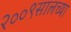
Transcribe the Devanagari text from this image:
२००९सालच्या